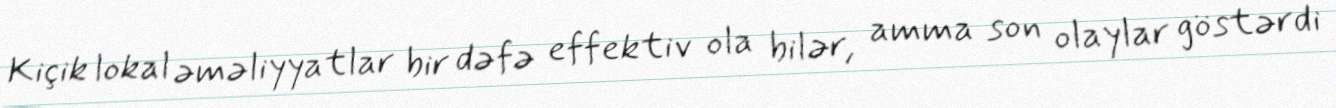
Kiçik lokal əməliyyatlar bir dəfə effektiv ola bilər, amma son olaylar göstərdi